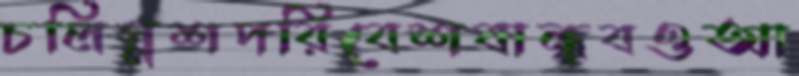
চলিস্নশপরিবেশবান্ধবওআ